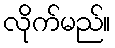
လိုက်မည်။